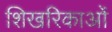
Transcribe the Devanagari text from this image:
शिखरिकाओं